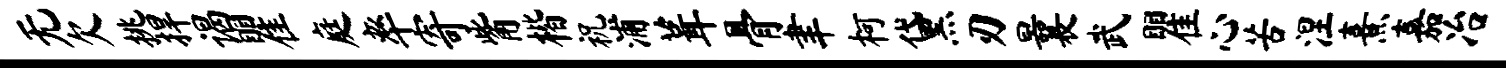
无欠挑捍谒瞿庭率寄觜楷祝浦葺骨聿柯黛刃曩武瞿心苦涅熹嘉冶